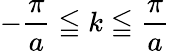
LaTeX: -{\frac{\pi}{a}}\leqq k\leqq{\frac{\pi}{a}}